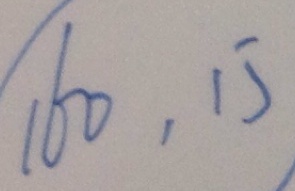
1 6 0 , 1 5